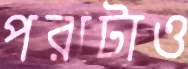
পরাটাও